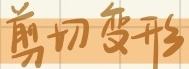
剪切变形